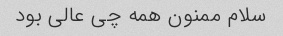
سلام ممنون همه چی عالی بود